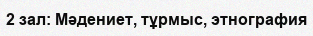
2 зал: Мәдениет, тұрмыс, этнография